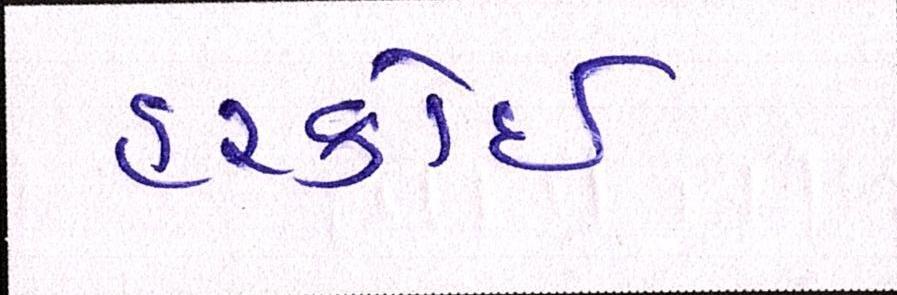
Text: હરકોઈ